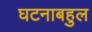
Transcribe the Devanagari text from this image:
घटनाबहुल